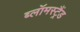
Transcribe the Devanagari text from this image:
ब्लॉमस्ट्रैंड